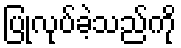
ပြုလုပ်ခဲ့သည်ကို